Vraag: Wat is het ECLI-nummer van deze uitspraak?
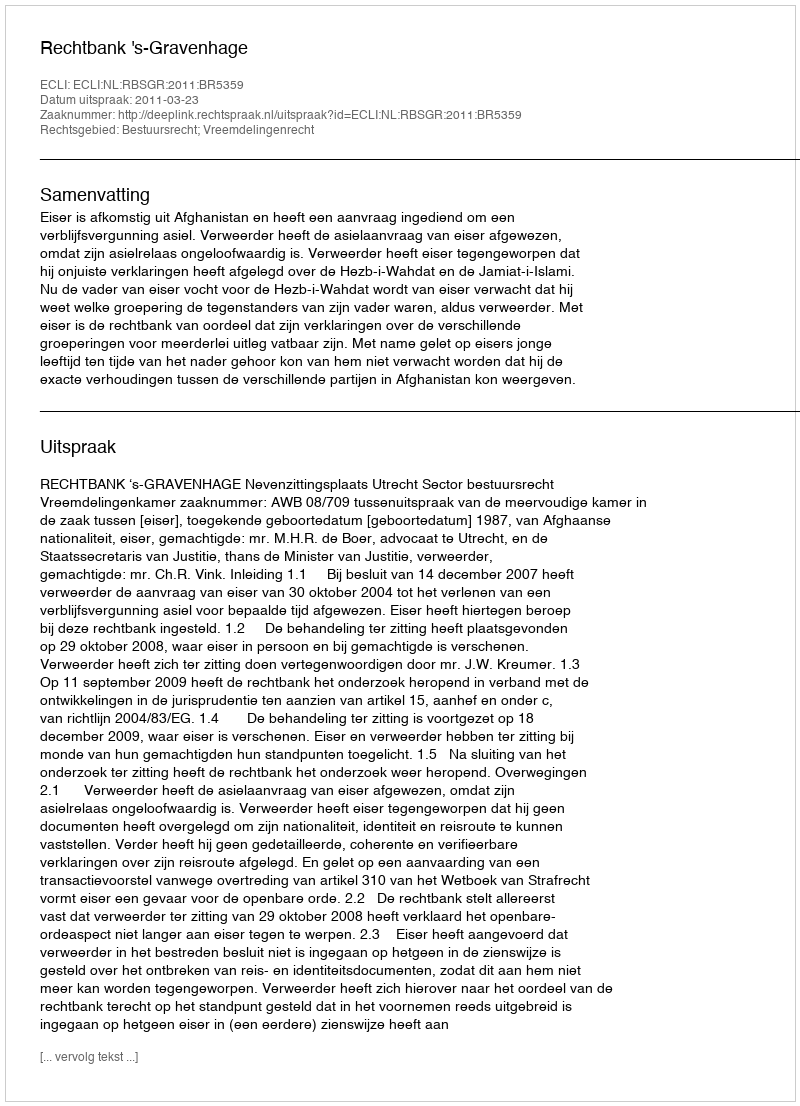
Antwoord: ECLI:NL:RBSGR:2011:BR5359